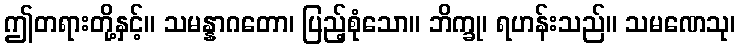
ဤတရားတို့နှင့်။ သမန္နာဂတော၊ ပြည့်စုံသော။ ဘိက္ခု၊ ရဟန်းသည်။ သမဏေသု၊